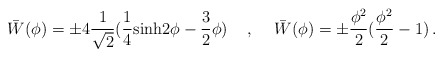
\begin{align*}\bar{W}(\phi)=\pm 4\frac{1}{\sqrt 2}(\frac{1}{4}{\rm sinh}2\phi-\frac{3}{2}\phi ) \hspace{0.5cm},\hspace{0.5cm}\bar{W}(\phi)=\pm\frac{\phi^2}{2}(\frac{\phi^2}{2}-1)\,.\end{align*}